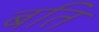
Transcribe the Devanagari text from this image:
बति